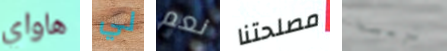
هاواي لي نعم مصلحتنا تربية